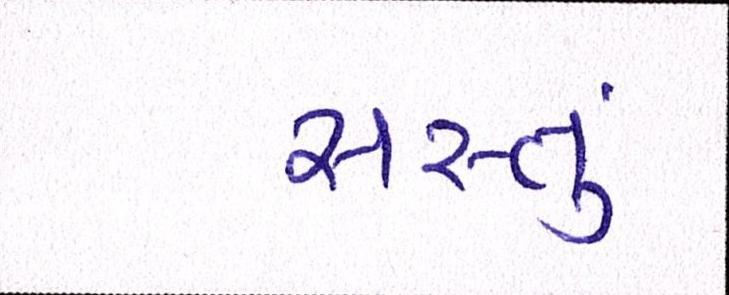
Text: સસ્તું